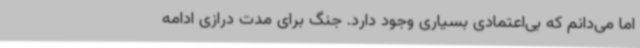
اما می‌دانم که بی‌اعتمادی بسیاری وجود دارد. جنگ برای مدت درازی ادامه